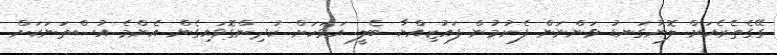
ގޭގެތެރެއަށް ލޮނުގަނޑު ވަންނަން ފެށުމުން ފައުޒިއްޔާ ބެލީ އަވަހަށް ކުދިންގޮވައިގެން އެންމެ އުސްތަނަކަށް